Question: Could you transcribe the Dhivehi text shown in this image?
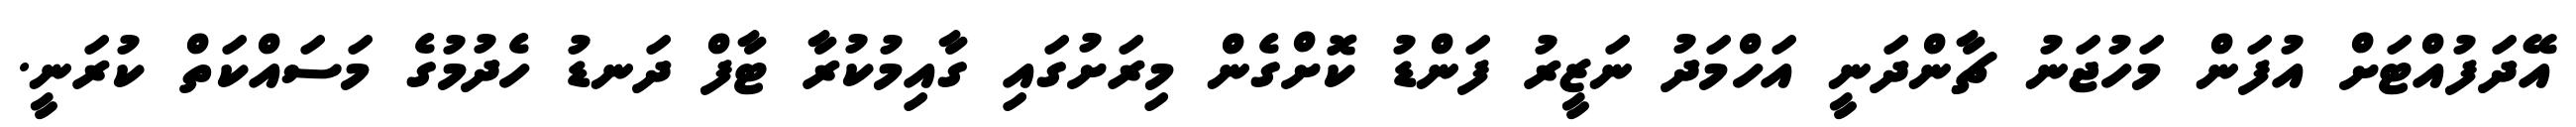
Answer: އޭދަފުއްޓަށް އުފަން މަހުޖަނު ޗާންދަނީ އަހްމަދު ނަޒީރު ފަންޑު ކޮށްގެން މިރަށުގައި ގާއިމުކުރާ ޓާފް ދަނޑު ހެދުމުގެ މަސައްކަތް ކުރަނީ.